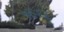
૧૯૬૮